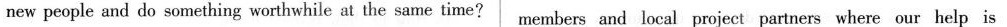
new people and do something worthwhile at the same time? members and local project partners where our help is